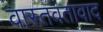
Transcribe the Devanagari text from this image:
वास्तवतावाद